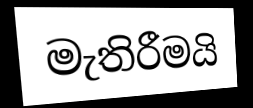
මැතිරීමයි